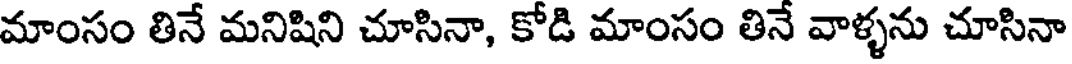
మాంసం తినే మనిషిని చూసినా, కోడి మాంసం తినే వాళ్ళను చూసినా